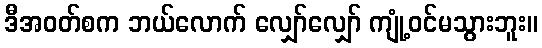
ဒီအဝတ်စက ဘယ်လောက် လျှော်လျှော် ကျုံ့ဝင်မသွားဘူး။